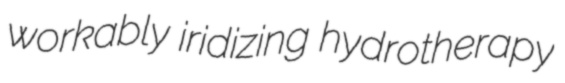
workably iridizing hydrotherapy